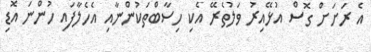
އެ ރަށަށް ގޮސް އުޅޭއިރު ވަލުތެރޭ އެކި ހިސާބްތަކުންނާއި އެހެލާފައި ހުންނަ އޮޑި